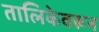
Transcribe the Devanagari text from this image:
तालिकेवरून